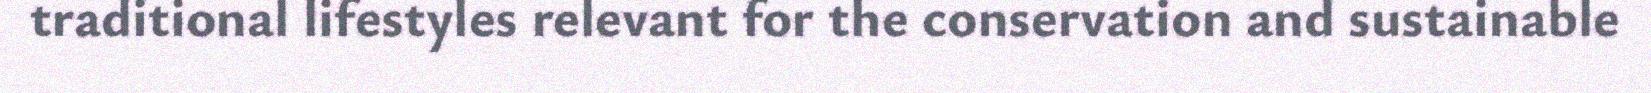
traditional lifestyles relevant for the conservation and sustainable